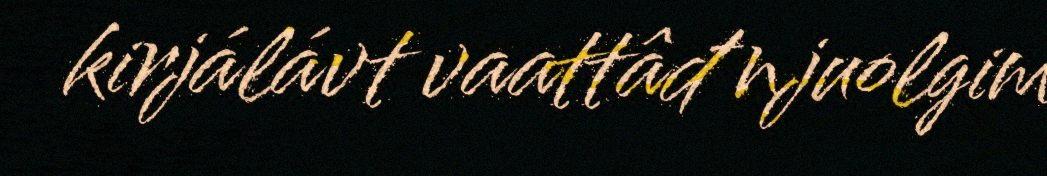
kirjálávt vaattâđ njuolgim